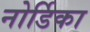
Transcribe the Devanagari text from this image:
नोर्डिका